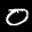
Label: 0